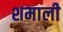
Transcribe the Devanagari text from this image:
शमाली